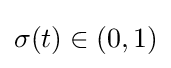
\sigma (t)\in (0,1)